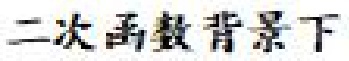
二次函数背景下